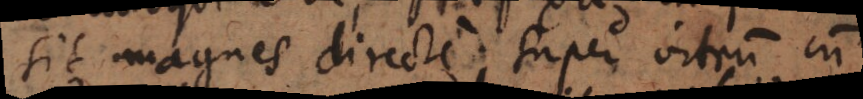
sit magnes directe super vitrum cum